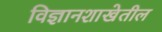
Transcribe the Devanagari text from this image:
विज्ञानशाखेतील